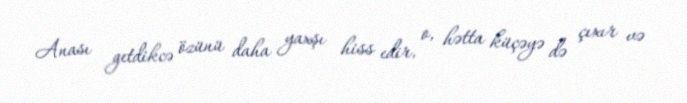
Anası getdikcə özünü daha yaxşı hiss edir, o, hətta küçəyə də çıxır və